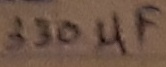
Text: 330µF